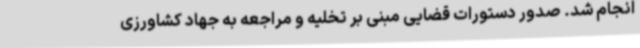
انجام شد. صدور دستورات قضایی مبنی بر تخلیه و مراجعه به جهاد کشاورزی